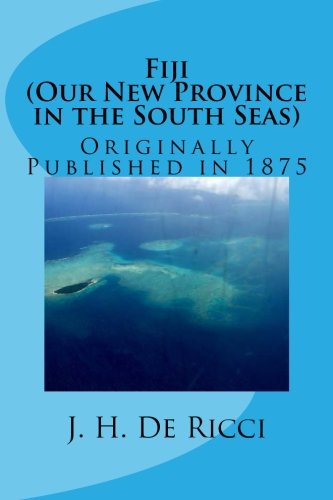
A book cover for Fiji; J. H. De Ricci; Travel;